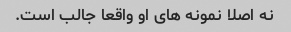
نه اصلا نمونه های او واقعا جالب است.